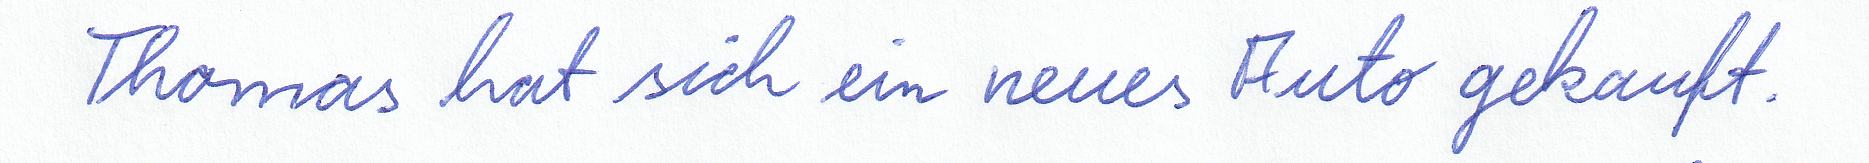
Thomas hat sich ein neues Auto gekauft.